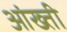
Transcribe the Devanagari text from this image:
आंख्ती